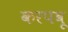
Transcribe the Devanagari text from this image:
करपवू